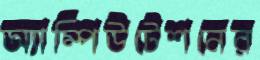
অ্যাম্পিউটেশনের